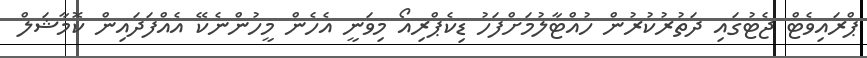
ޕްރައިވެޓް ޖެޓުގައި ދަތުރުކުރުން ހުއްޓާލުމަށްފަހު ޑިކެޕްރިއޯ މިވަނީ އެހެން މީހުންނެކޭ އެއްފަދައިން ކޮމާޝަލް